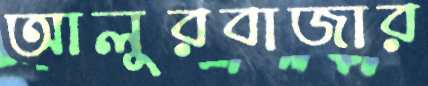
আলুরবাজার